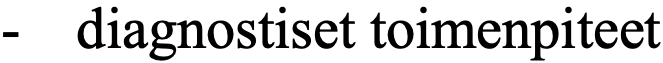
-  diagnostiset toimenpiteet